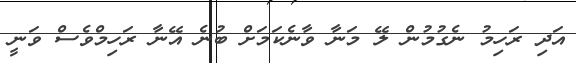
އަދި ރަހިމު ނެގުމުން ލޭ މަނާ ވާނެކަމަށް ބުނެ އޭނާ ރަހިމްވެސް ވަނީ